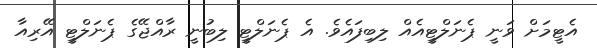
އެޓީމަށް ވަނީ ޕެނަލްޓީއެއް ލިބިފައެވެ. އެ ޕެނަލްޓީ ލިބުނީ ރާއްޖޭގެ ޕެނަލްޓީ އޭރިއާ